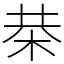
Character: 㭟